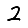
Digit: 2